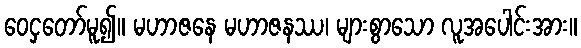
ဝေငှတော်မူ၍။ မဟာဇနေ မဟာဇနဿ၊ များစွာသော လူအပေါင်းအား။